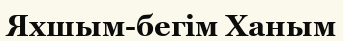
Яхшым-бегім Ханым